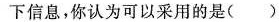
下信息，你认为可以采用的是（）